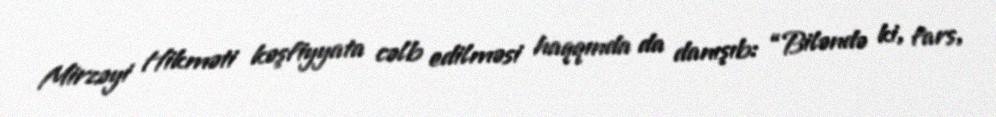
Mirzəyi Hikməti kəşfiyyata cəlb edilməsi haqqında da danışıb: “Biləndə ki, fars,